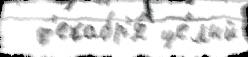
  д'екабр'я́ це́лый